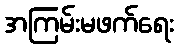
အကြမ်းမဖက်ရေး